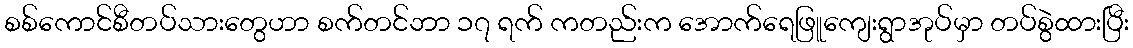
စစ်ကောင်စီတပ်သားတွေဟာ စက်တင်ဘာ ၁၇ ရက် ကတည်းက အောက်ရေဖြူကျေးရွာအုပ်မှာ တပ်စွဲထားပြီး